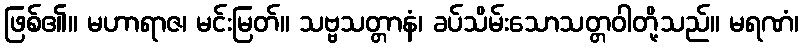
ဖြစ်၏။ မဟာရာဇ၊ မင်းမြတ်။ သဗ္ဗသတ္တာနံ၊ ခပ်သိမ်းသောသတ္တဝါတို့သည်။ မရဏံ၊